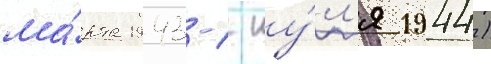
ма́рта 1943-1 иу́л'я 1944)